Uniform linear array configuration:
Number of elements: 8
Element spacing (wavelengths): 0.75
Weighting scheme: exponential
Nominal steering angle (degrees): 60
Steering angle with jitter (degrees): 59.97
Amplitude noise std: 0.05
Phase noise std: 0.05

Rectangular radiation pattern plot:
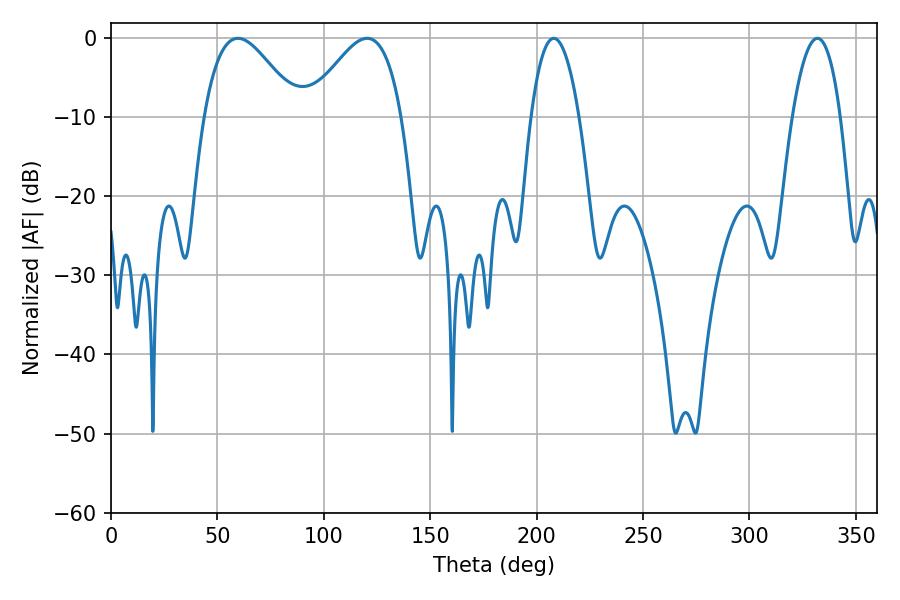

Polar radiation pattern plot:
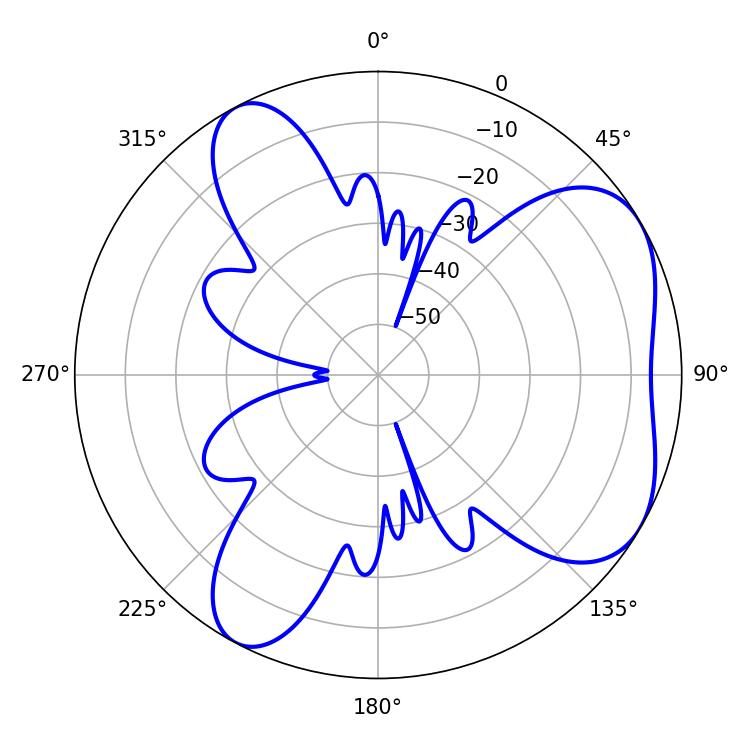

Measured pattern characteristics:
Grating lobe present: TRUE
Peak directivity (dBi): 5.307
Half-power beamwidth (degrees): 12.6
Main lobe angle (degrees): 208.08